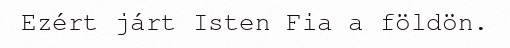
Ezért járt Isten Fia a földön.